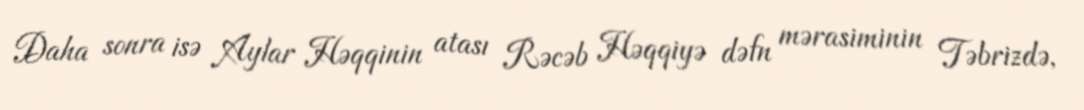
Daha sonra isə Aylar Həqqinin atası Rəcəb Həqqiyə dəfn mərasiminin Təbrizdə,